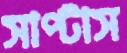
সাপ্‌টাস